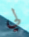
لي